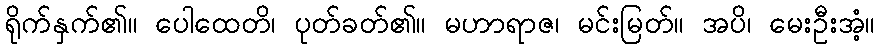
ရိုက်နှက်၏။ ပေါထေတိ၊ ပုတ်ခတ်၏။ မဟာရာဇ၊ မင်းမြတ်။ အပိ၊ မေးဦးအံ့။